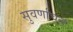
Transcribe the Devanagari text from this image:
सुवर्णाचल